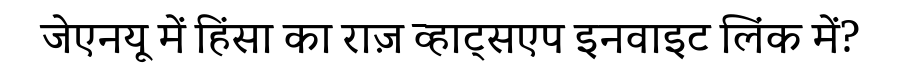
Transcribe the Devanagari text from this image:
जेएनयू में हिंसा का राज़ व्हाट्सएप इनवाइट लिंक में?